Lunatic asylums in Bengal annual reports 1899-1911 - 1899-1911
Year: 1899
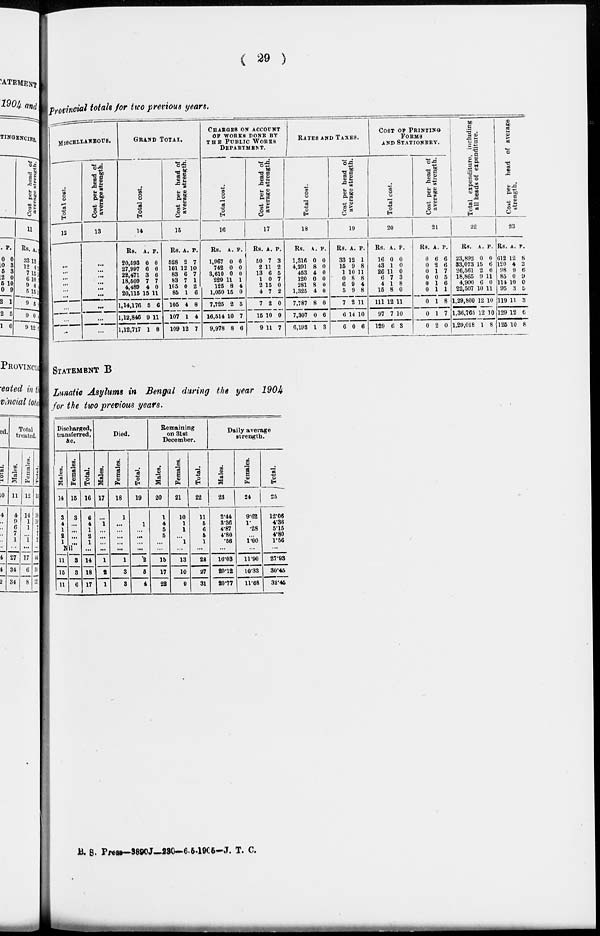
( 29 )
Provincial totals for two previous years.
MISCELLANEOUS.
Total cost.
12
...
...
...
...
...
...
...
...
...
Cost per head of
average strength.
13
...
...
...
...
...
...
...
...
...
GRAND TOTAL.
Total cost.
14
Rs.
20,593
27,997
22,471
18,509
4,489
20,115
1,14,176
1,12,846
1,12,717
A.
0
6
3
7
4
15
5
9
1
P.
0
6
6
7
0
11
6
11
8
Cost per head of
average strength.
15
Rs.
528
101
83
83
105
85
105
107
109
A.
2
12
6
7
0
1
4
1
12
P.
7
10
7
1
2
6
8
4
7
CHARGES ON ACCOUNT
OF WORKS DONE BY
THE PUBLIC WORKS
DEPARTMENT.
Total cost.
16
Rs.
1,967
742
3,610
229
125
1,050
7,725
16,514
9,978
A.
0
0
0
11
8
15
2
10
8
P.
0
0
0
1
4
0
5
7
6
Cost per head of
average strength.
17
Rs.
50
2
13
1
2
4
7
15
9
A.
7
11
6
0
15
7
2
10
11
P.
3
2
5
7
0
2
0
9
7
RATES AND TAXES.
Total cost.
18
Rs.
1,316
4,291
453
120
281
1,325
7,787
7,307
6,193
A.
0
8
4
0
8
4
8
0
1
P.
0
0
0
0
0
0
0
6
3
Cost per head of
average strength.
19
Rs.
33
15
1
0
6
5
7
6
6
A.
12
9
10
8
9
9
2
14
0
P.
1
8
11
8
4
8
11
10
6
COST OF PRINTING
FORMS
AND STATIONERY.
Total cost.
20
Rs.
16
43
26
6
4
15
111
97
129
A
0
1
11
7
1
8
12
7
6
P.
0
0
0
3
8
0
11
10
3
Cost per head of
average strength.
21
Rs.
0
0
0
0
0
0
0
0
0
A.
6
2
1
0
1
1
1
1
2
P.
6
6
7
5
6
1
8
7
0
Total expenditure, including
all beads of expenditure.
22
Rs.
23,892
33,073
26,561
18,865
4,900
22,507
1,29,800
1,36,765
1,29,018
A.
0
15
2
9
6
10
12
12
1
P.
0
6
6
11
0
11
10
10
8
Cost per head of average
strength.
23
Rs.
612
120
98
85
114
95
119
129
125
A.
12
4
9
0
10
3
11
12
10
P.
5
2
6
9
0
5
3
6
8
STATEMENT B
Lunatic Asylums in Bengal during the year 1904
for the two previous years.
Discharged,
transferred,
&c.
Males.
14
3
4
1
2
1
Females.
15
3
...
...
...
...
Nil
11
15
11
3
3
6
Total.
16
6
4
1
2
1
...
14
18
17
Died.
Males.
17
...
1
...
...
...
...
1
2
1
Females.
18
1
...
...
...
...
...
1
3
3
Total.
19
...
1
...
...
...
...
2
5
4
Remaining
on 31st
December.
Males.
20
1
4
5
5
...
...
15
17
22
Females.
21
10
1
1
...
1
...
13
10
9
Total.
22
11
5
6
5
1
...
28
27
31
Daily average
strength.
Males.
23
2.44
3.36
4.87
4.80
.56
...
16.03
20.12
20.77
Females.
24
9.62
1. .28
...
1.00
...
11.90
10.33
11.68
Total.
25
12.06
4.36
5.15
4.80
1.56
...
27.93
30.45
32.45